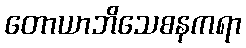
တောယာဘိသေစနကရာ